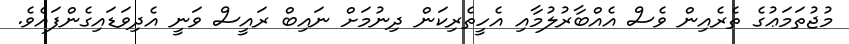
މުޖުތަމަޢުގެ ތެރެއިން ވެސް އެއްބާރުލުމާއި އެހީތެރިކަން ދިނުމަށް ނައިބް ރައީސް ވަނީ އެދިވަޑައިގެންފައެވެ.